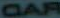
CAR